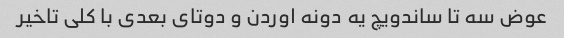
عوض سه تا ساندویچ یه دونه اوردن و دوتای بعدی با کلی تاخیر